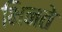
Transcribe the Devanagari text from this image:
भिनते